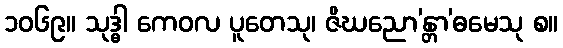
၁၀၆၉။ သုဒ္ဓါ ကေဝလ ပူတေသု၊ ဇိဃညော’န္တာ’ဓမေသု စ။